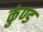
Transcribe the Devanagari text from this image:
कुंण्ड